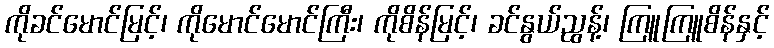
ကိုခင်မောင်မြင့်၊ ကိုမောင်မောင်ကြီး၊ ကိုစိန်မြင့်၊ ခင်နွယ်ညွန့်၊ ကြူကြူစိန်နှင့်